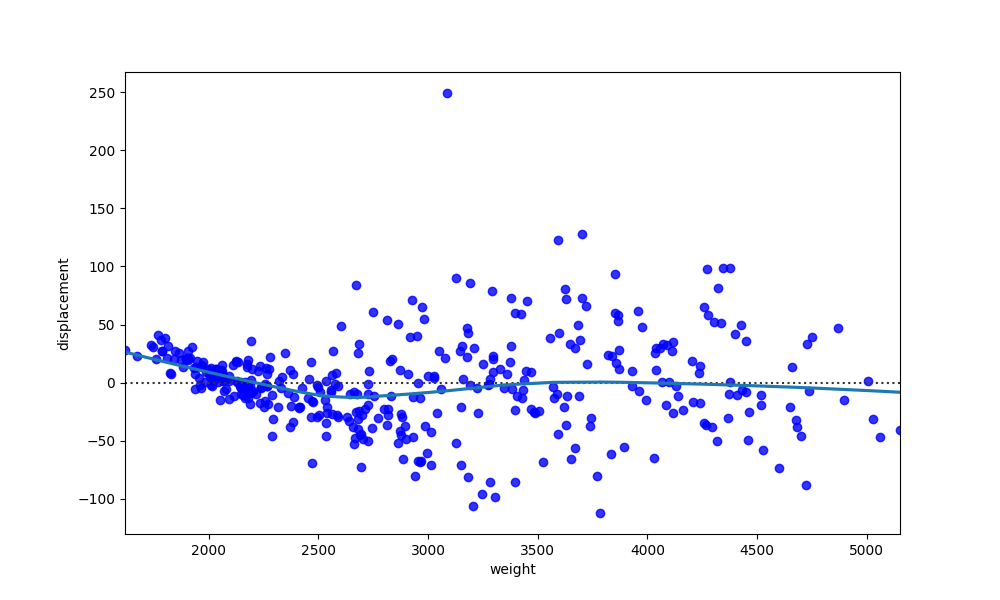
python, seaborn, residplot, lowess=True, scatter_color=blue